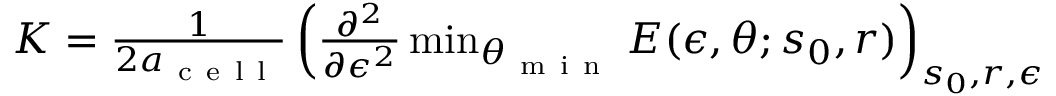
\begin{array} { r } { K = \frac { 1 } { 2 a _ { \mathrm { ~ c ~ e ~ l ~ l ~ } } } \left( \frac { \partial ^ { 2 } } { \partial \epsilon ^ { 2 } } \operatorname* { m i n } _ { \theta _ { \mathrm { ~ m ~ i ~ n ~ } } } E ( \epsilon , \theta ; s _ { 0 } , r ) \right) _ { s _ { 0 } , r , \epsilon } } \end{array}